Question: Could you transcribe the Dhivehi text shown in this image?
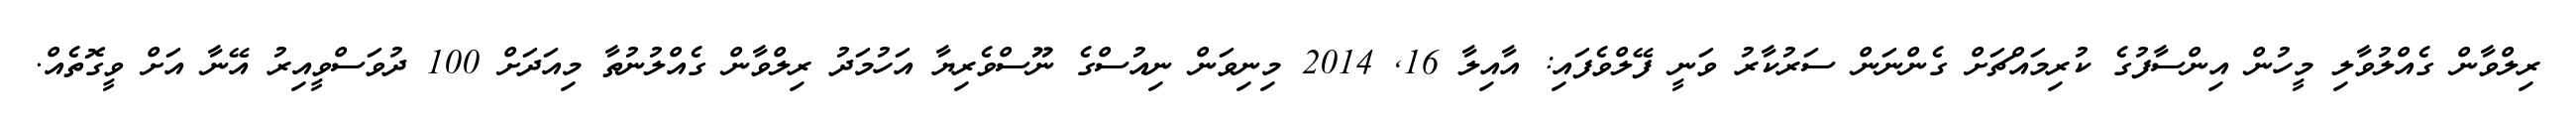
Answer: ރިލްވާން ގެއްލުވާލި މީހުން އިންސާފުގެ ކުރިމައްޗަށް ގެންނަން ސަރުކާރު ވަނީ ފޭލްވެފައި: އާއިލާ 16, 2014 މިނިވަން ނިއުސްގެ ނޫސްވެރިޔާ އަހުމަދު ރިލްވާން ގެއްލުނުތާ މިއަދަށް 100 ދުވަސްވީއިރު އޭނާ އަށް ވީގޮތެއް.